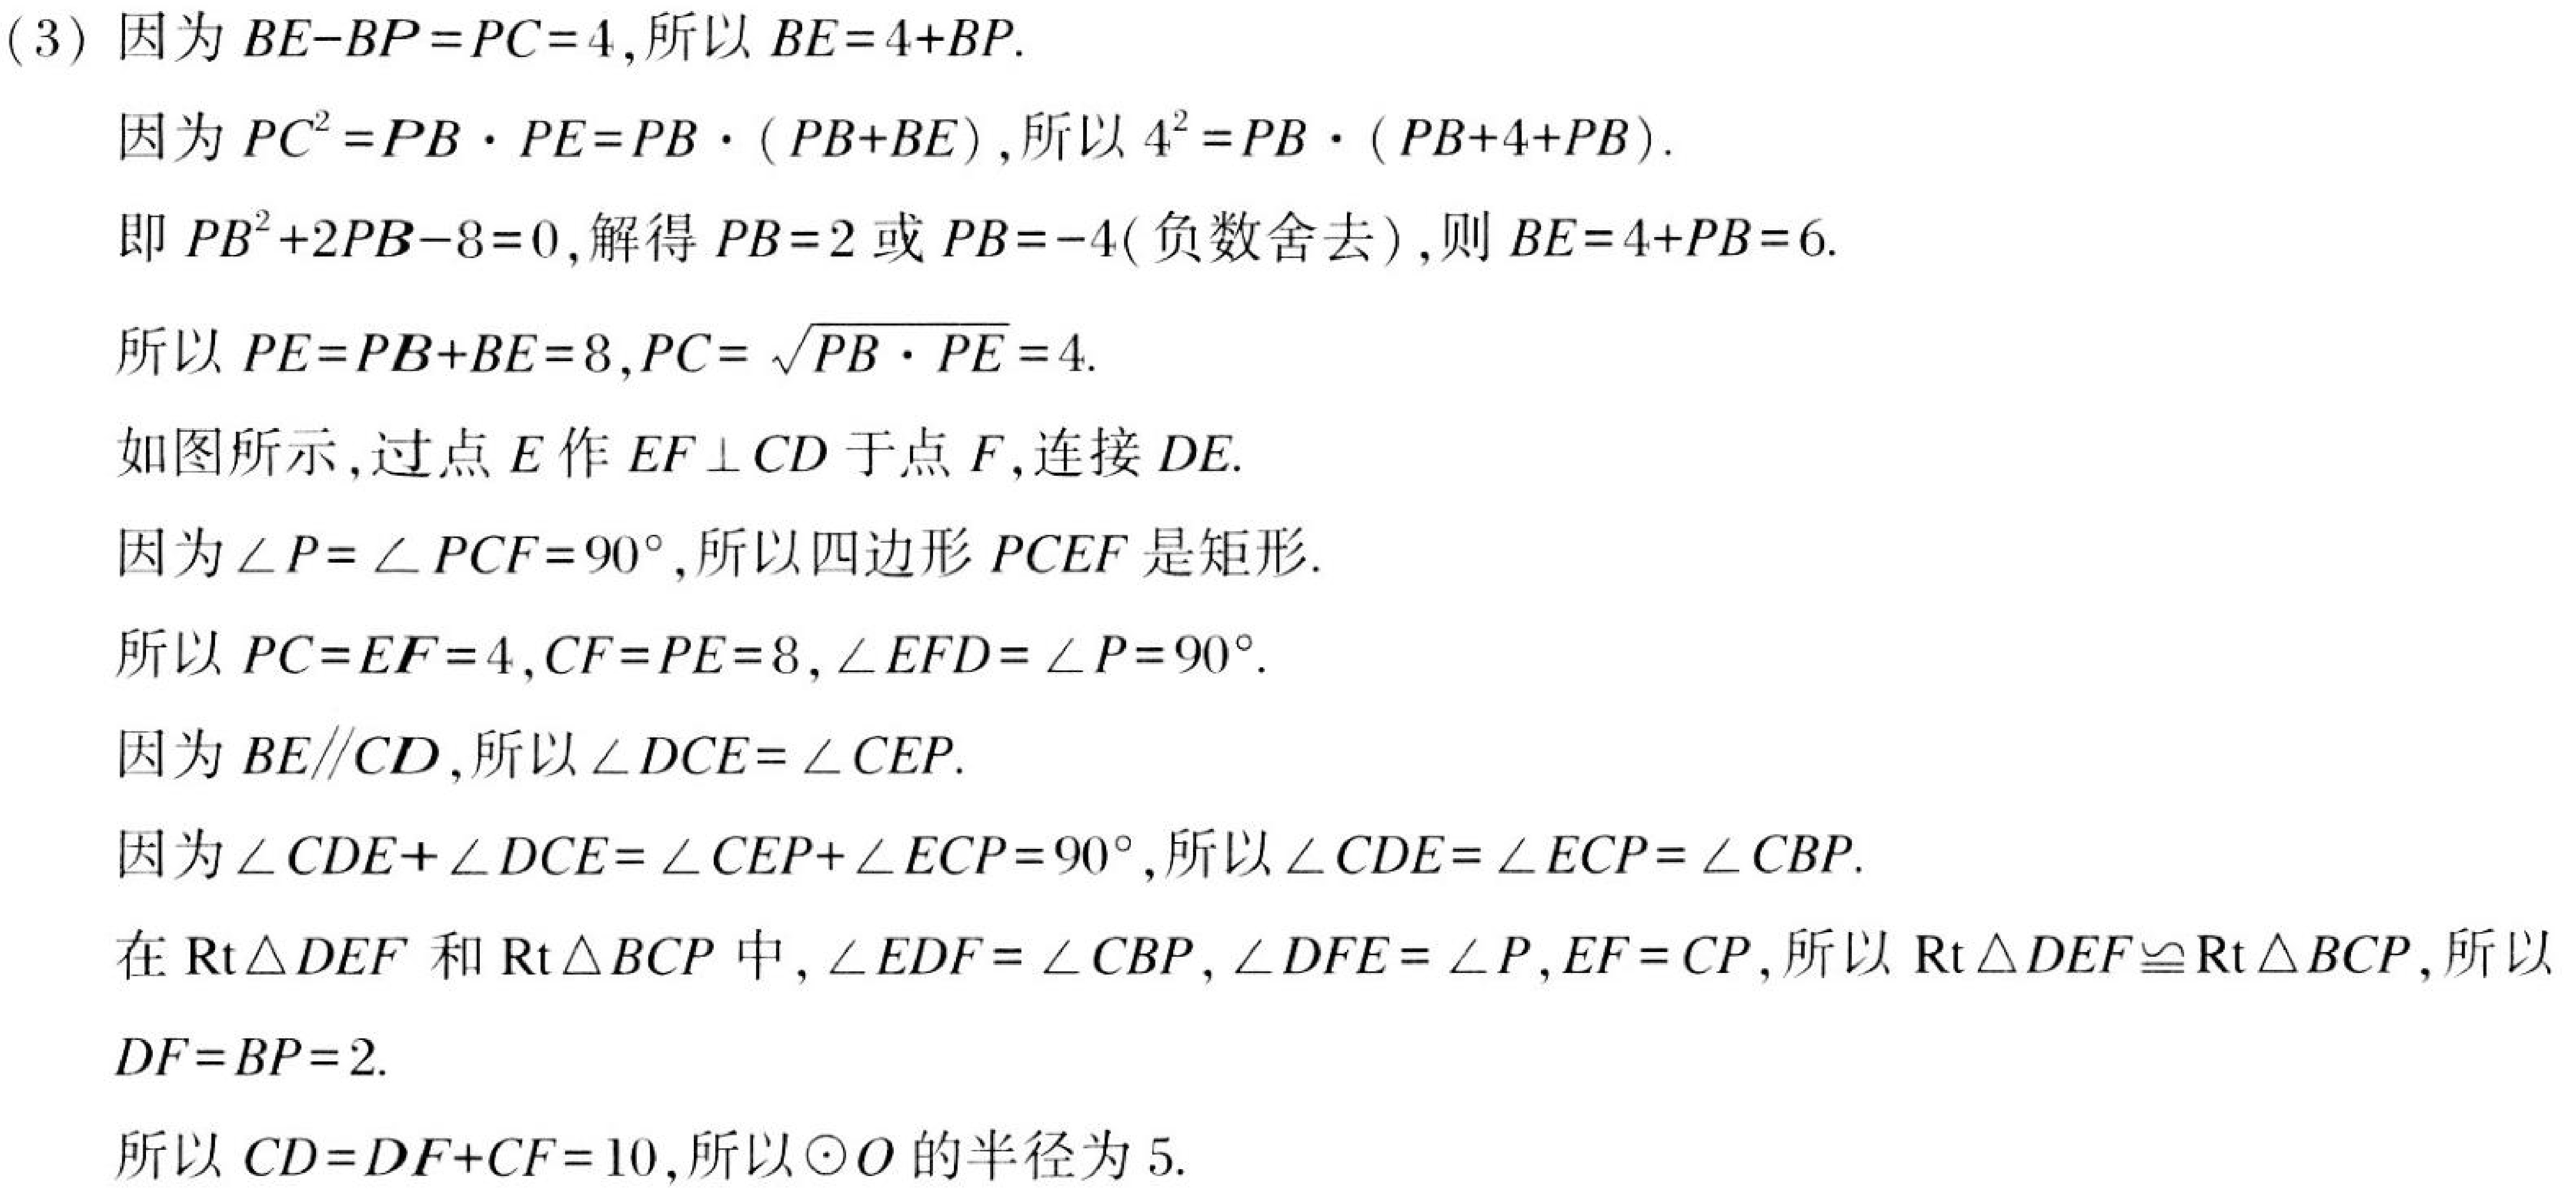
(3) 因为 \(BE - BP=PC = 4\), 所以 \(BE=4 + BP\).
因为 \(PC^{2}=PB\cdot PE=PB\cdot(PB + BE)\), 所以 \(4^{2}=PB\cdot(PB + 4+PB)\).
即 \(PB^{2}+2PB - 8 = 0\), 解得 \(PB = 2\) 或 \(PB=-4\) (负数舍去), 则 \(BE=4 + PB = 6\).
所以 \(PE=PB + BE = 8\), \(PC=\sqrt{PB\cdot PE}=4\).
如图所示, 过点 \(E\) 作 \(EF\perp CD\) 于点 \(F\), 连接 \(DE\).
因为 \(\angle P=\angle PCF = 90^{\circ}\), 所以四边形 \(PCEF\) 是矩形.
所以 \(PC = EF = 4\), \(CF = PE = 8\), \(\angle EFD=\angle P = 90^{\circ}\).
因为 \(BE\parallel CD\), 所以 \(\angle DCE=\angle CEP\).
因为 \(\angle CDE+\angle DCE=\angle CEP+\angle ECP = 90^{\circ}\), 所以 \(\angle CDE=\angle ECP=\angle CBP\).
在 \(\text{Rt}\triangle DEF\) 和 \(\text{Rt}\triangle BCP\) 中, \(\angle EDF=\angle CBP\), \(\angle DFE=\angle P\), \(EF = CP\), 所以 \(\text{Rt}\triangle DEF\cong\text{Rt}\triangle BCP\), 所以 \(DF = BP = 2\).
所以 \(CD=DF + CF = 10\), 所以 \(\odot O\) 的半径为 \(5\).